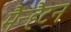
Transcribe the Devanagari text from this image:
मैन्हैटन